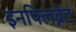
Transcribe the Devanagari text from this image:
इनफ्लिब्नेट